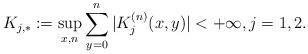
LaTeX: \begin{align*}K_{j,*}:=\sup_{x,n}\sum_{y=0}^n|K^{(n)}_j(x,y)|<+\infty,j=1,2.\end{align*}